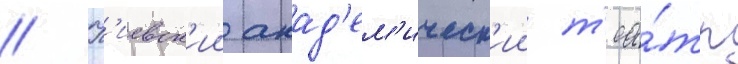
// К'иевск'ии акад'ем'ическ'ии т'еа́тр